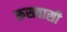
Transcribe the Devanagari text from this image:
रूसवासी